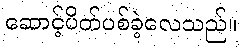
ဆောင့်ပိတ်ပစ်ခဲ့လေသည်။